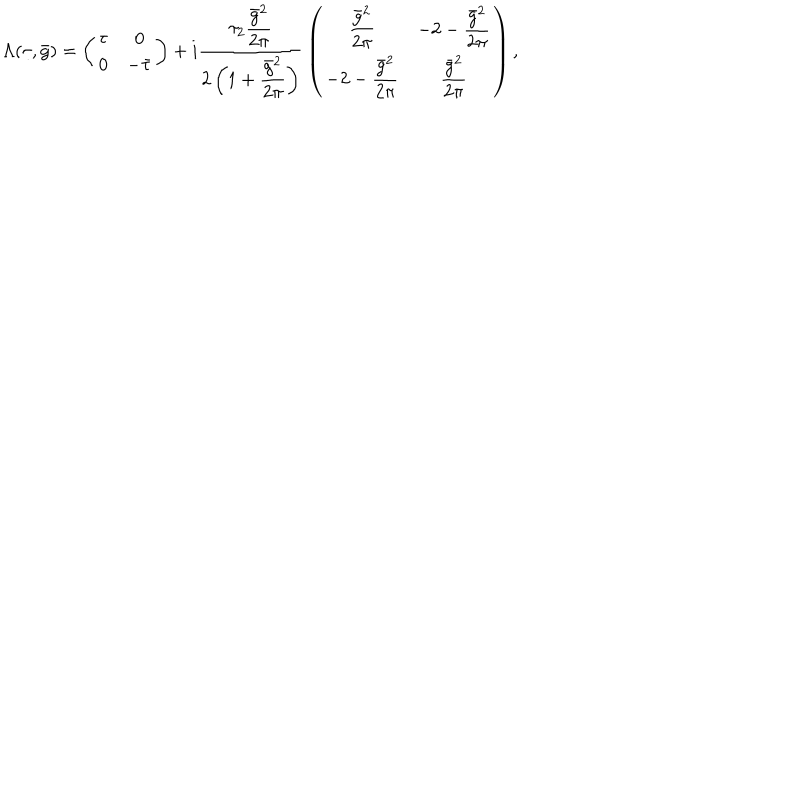
\Lambda ( \tau , \bar { g } ) = \left( \begin{array} { c c } { { \tau } } & { { 0 } } \\ { { 0 } } & { { - \bar { \tau } } } \\ \end{array} \right) + i { \frac { \tau _ { 2 } \displaystyle { \frac { \bar { g } ^ { 2 } } { 2 \pi } } } { 2 \left( 1 + \displaystyle { \frac { \bar { g } ^ { 2 } } { 2 \pi } } \right) } } \left( \begin{array} { c c } { { \displaystyle { \frac { \bar { g } ^ { 2 } } { 2 \pi } } } } & { { - 2 - \displaystyle { \frac { \bar { g } ^ { 2 } } { 2 \pi } } } } \\ { { - 2 - \displaystyle { \frac { \bar { g } ^ { 2 } } { 2 \pi } } } } & { { \displaystyle { \frac { \bar { g } ^ { 2 } } { 2 \pi } } } } \\ \end{array} \right) ,